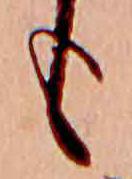
も